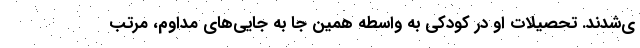
ی‌شدند. تحصیلات او در کودکی به واسطه همین جا به جایی‌های مداوم، مرتب